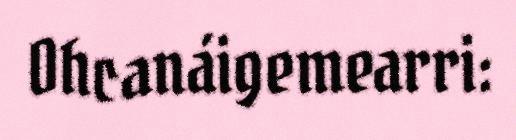
Ohcanáigemearri: